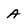
Character: A